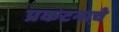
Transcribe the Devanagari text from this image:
प्रकटनाचे